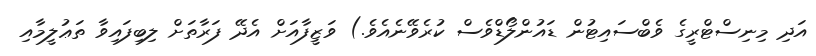
އަދި މިނިސްޓްރީގެ ވެބްސައިޓުން ޑައުންލޯޑްވެސް ކުރެވޭނެއެވެ.) ވަޒީފާއަށް އެދޭ ފަރާތަށް ލިބިފައިވާ ތަޢުލީމާއި